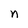
Character: n